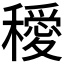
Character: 𥣁